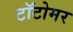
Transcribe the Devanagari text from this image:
टॉटोमर